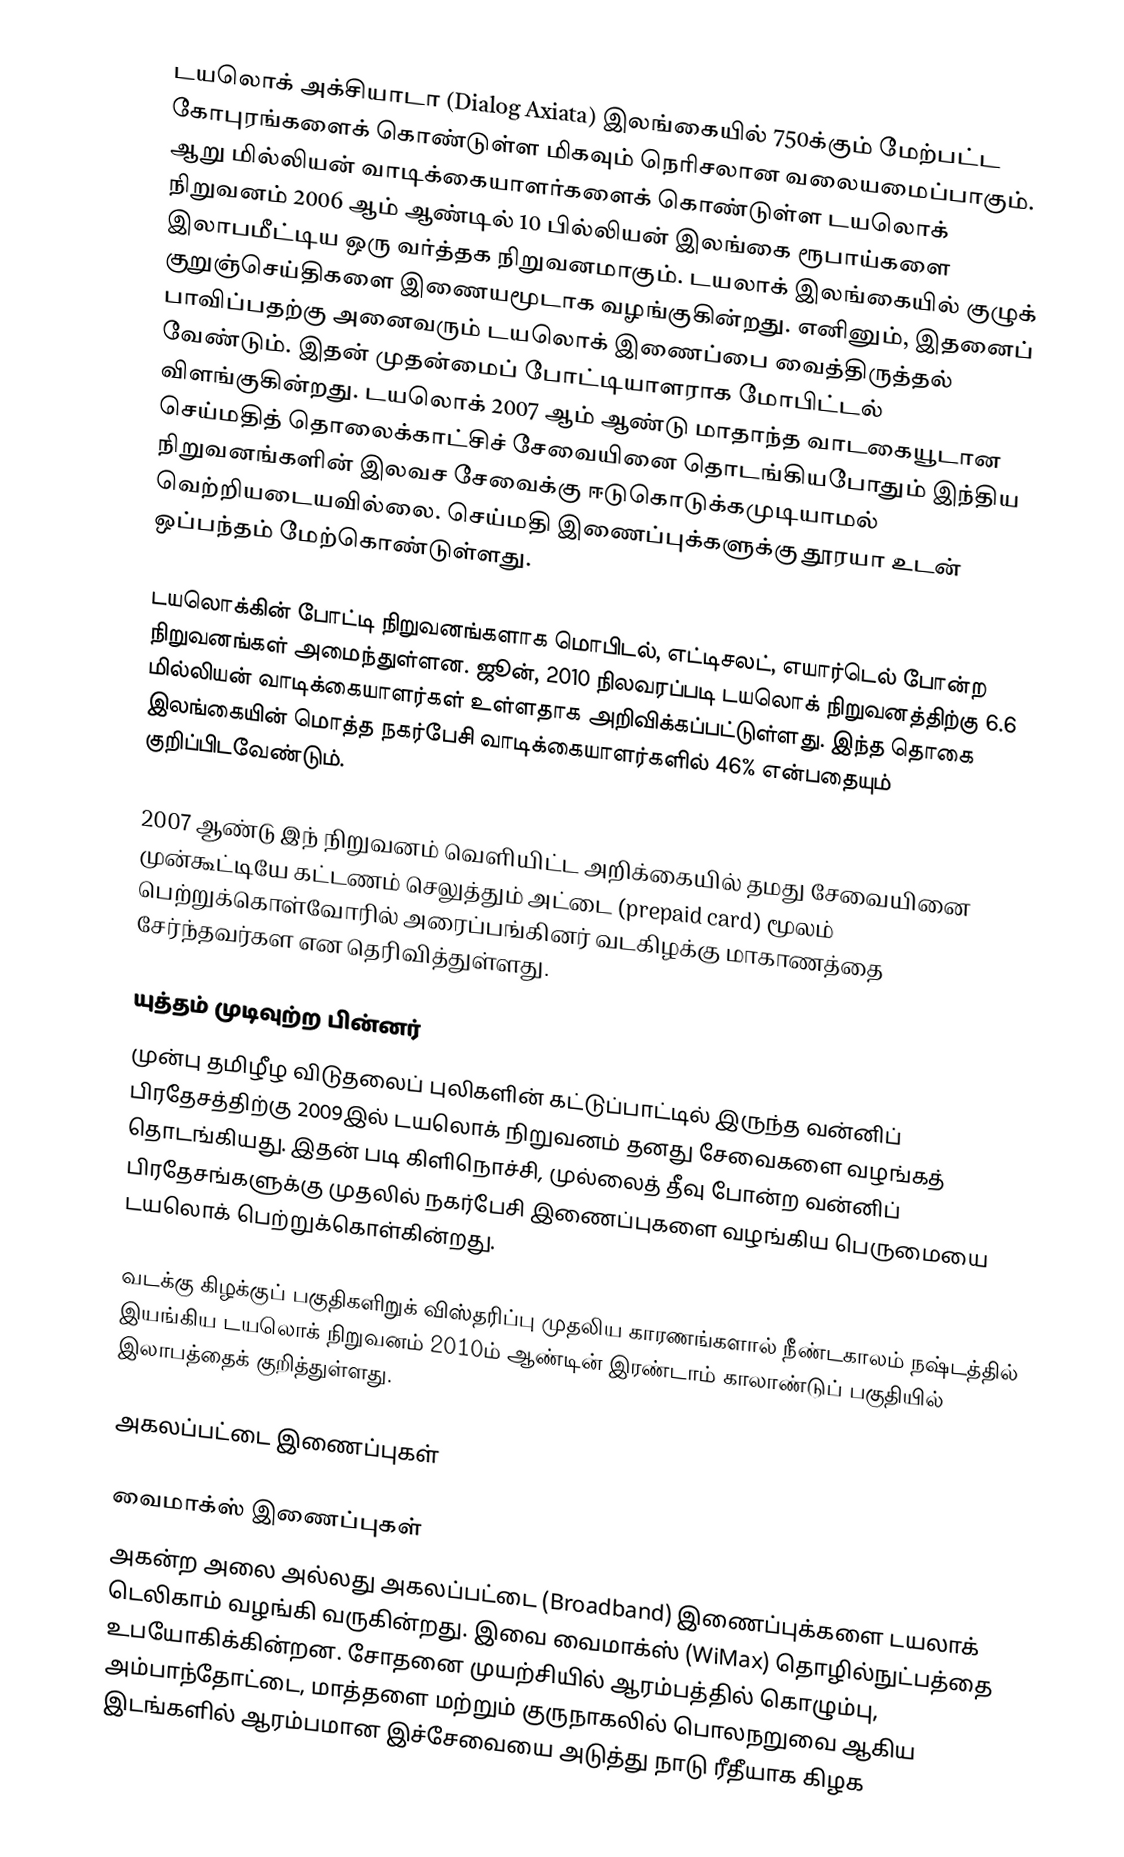
டயலொக் அக்சியாடா (Dialog Axiata) இலங்கையில் 750க்கும் மேற்பட்ட கோபுரங்களைக் கொண்டுள்ள மிகவும் நெரிசலான வலையமைப்பாகும். ஆறு மில்லியன் வாடிக்கையாளர்களைக் கொண்டுள்ள டயலொக் நிறுவனம் 2006 ஆம் ஆண்டில் 10 பில்லியன் இலங்கை ரூபாய்களை இலாபமீட்டிய ஒரு வர்த்தக நிறுவனமாகும். டயலாக் இலங்கையில் குழுக் குறுஞ்செய்திகளை இணையமூடாக வழங்குகின்றது. எனினும், இதனைப் பாவிப்பதற்கு அனைவரும் டயலொக் இணைப்பை வைத்திருத்தல் வேண்டும். இதன் முதன்மைப் போட்டியாளராக மோபிட்டல் விளங்குகின்றது. டயலொக் 2007 ஆம் ஆண்டு மாதாந்த வாடகையூடான செய்மதித் தொலைக்காட்சிச் சேவையினை தொடங்கியபோதும் இந்திய நிறுவனங்களின் இலவச சேவைக்கு ஈடுகொடுக்கமுடியாமல் வெற்றியடையவில்லை. செய்மதி இணைப்புக்களுக்கு தூரயா உடன் ஒப்பந்தம் மேற்கொண்டுள்ளது.

டயலொக்கின் போட்டி நிறுவனங்களாக மொபிடல், எட்டிசலட், எயார்டெல் போன்ற நிறுவனங்கள் அமைந்துள்ளன. ஜூன், 2010 நிலவரப்படி டயலொக் நிறுவனத்திற்கு 6.6 மில்லியன் வாடிக்கையாளர்கள் உள்ளதாக அறிவிக்கப்பட்டுள்ளது. இந்த தொகை இலங்கையின் மொத்த நகர்பேசி வாடிக்கையாளர்களில் 46% என்பதையும் குறிப்பிடவேண்டும்.

2007 ஆண்டு இந் நிறுவனம் வெளியிட்ட அறிக்கையில் தமது சேவையினை முன்கூட்டியே கட்டணம் செலுத்தும் அட்டை (prepaid card)  மூலம் பெற்றுக்கொள்வோரில் அரைப்பங்கினர் வடகிழக்கு மாகாணத்தை சேர்ந்தவர்கள என தெரிவித்துள்ளது.

யுத்தம் முடிவுற்ற பின்னர்
முன்பு தமிழீழ விடுதலைப் புலிகளின் கட்டுப்பாட்டில் இருந்த வன்னிப் பிரதேசத்திற்கு 2009இல் டயலொக் நிறுவனம் தனது சேவைகளை வழங்கத் தொடங்கியது. இதன் படி கிளிநொச்சி, முல்லைத் தீவு போன்ற வன்னிப் பிரதேசங்களுக்கு முதலில் நகர்பேசி இணைப்புகளை வழங்கிய பெருமையை டயலொக் பெற்றுக்கொள்கின்றது.

வடக்கு கிழக்குப் பகுதிகளிறுக் விஸ்தரிப்பு முதலிய காரணங்களால் நீண்டகாலம் நஷ்டத்தில் இயங்கிய டயலொக் நிறுவனம் 2010ம் ஆண்டின் இரண்டாம் காலாண்டுப் பகுதியில் இலாபத்தைக் குறித்துள்ளது.

அகலப்பட்டை இணைப்புகள்

வைமாக்ஸ் இணைப்புகள்
அகன்ற அலை அல்லது அகலப்பட்டை (Broadband) இணைப்புக்களை டயலாக் டெலிகாம் வழங்கி வருகின்றது. இவை வைமாக்ஸ் (WiMax) தொழில்நுட்பத்தை உபயோகிக்கின்றன. சோதனை முயற்சியில் ஆரம்பத்தில் கொழும்பு, அம்பாந்தோட்டை, மாத்தளை மற்றும் குருநாகலில் பொலநறுவை ஆகிய இடங்களில் ஆரம்பமான இச்சேவையை  அடுத்து நாடு ரீதீயாக கிழக